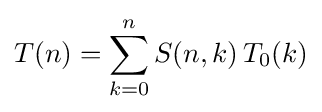
T(n)=\sum _{k=0}^{n}S(n,k)\,T_{0}(k)